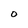
Character: O